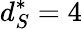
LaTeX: d_{S}^{*}=4